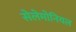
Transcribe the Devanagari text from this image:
सेलेमोनियल